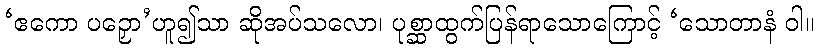
‘ဧကော ပဉှော’ဟူ၍သာ ဆိုအပ်သလော၊ ပုစ္ဆာထွက်ပြန်ရာသောကြောင့် ‘သောတာနံ ဝါ။